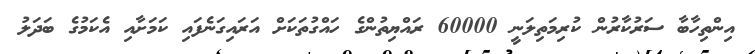
އިންތިހާބާ ސަރުކާރުން ކުރިމަތިލަނީ 60000 ރައްޔިތުންގެ ހައްގުތަކަށް އަރައިގަނެފައި ކަމަށާއި އެކަމުގެ ބަދަލު